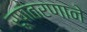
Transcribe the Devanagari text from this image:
रूपांतरणाने